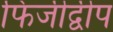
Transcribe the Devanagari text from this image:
फिजीद्वीप